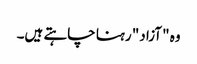
وہ "آزاد" رہنا چاہتے ہیں۔